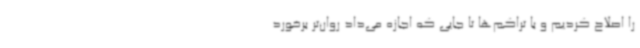
را اصلاح کردیم و با تراکم‌ها تا جایی که اجازه می‌داد روان‌تر برخورد